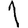
Digit: 1